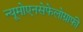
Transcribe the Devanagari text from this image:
न्यूमोएनसेफेलोग्राफी